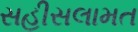
સહીસલામત